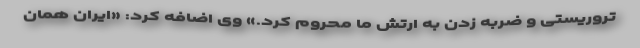
تروریستی و ضربه زدن به ارتش ما محروم کرد.» وی اضافه کرد: «ایران همان